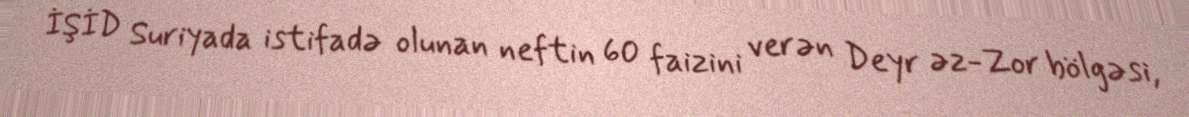
İŞİD Suriyada istifadə olunan neftin 60 faizini verən Deyr əz-Zor bölgəsi,